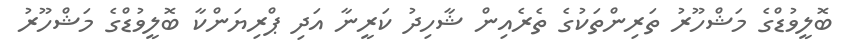
ބޮލީވުޑްގެ މަޝްހޫރު ތަރިންތަކުގެ ތެރެއިން ޝާހިދު ކަރީނާ އަދި ޕްރިޔަންކާ ބޮލީވުޑްގެ މަޝްހޫރު